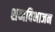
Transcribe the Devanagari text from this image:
शब्दविभाजन